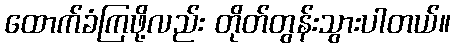
ထောက်ခံကြဖို့လည်း တိုတ်တွန်းသွားပါတယ်။